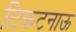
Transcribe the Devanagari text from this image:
टिकटनाऊ